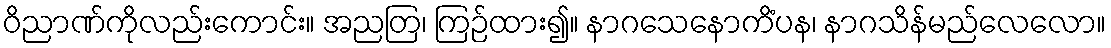
ဝိညာဏ်ကိုလည်းကောင်း။ အညတြ၊ ကြဉ်ထား၍။ နာဂသေနောကိံပန၊ နာဂသိန်မည်လေလော။